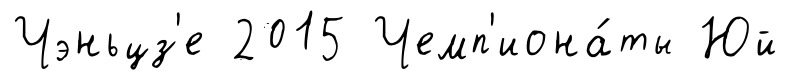
Чэньцз'е 2015 Чемп'иона́ты Юй